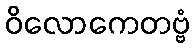
ဝိလောကေတဗ္ဗံ